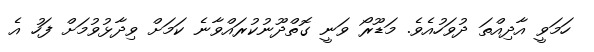
ހަމަވީ އާދިއްތަ ދުވަހުއެވެ. މަޑޫރޯ ވަނީ ގޮތްދޫނުކުރައްވާނެ ކަމަށް ވިދާޅުވުމަށް ފަހު އެ